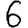
Digit: 6